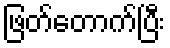
ဖြတ်တောက်ပြီး